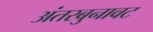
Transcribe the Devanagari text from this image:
अंतरबुनावट